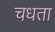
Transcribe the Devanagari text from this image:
चधता